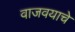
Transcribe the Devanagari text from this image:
वाजवयाचे